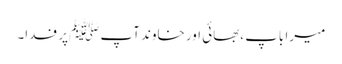
میرا باپ ،بھائی اور خاوند آپ ﷺپر فدا۔